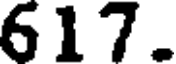
617.